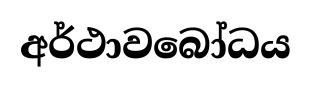
අර්ථාවබෝධය